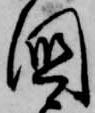
国